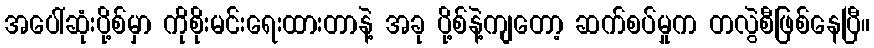
အပေါ်ဆုံးပို့စ်မှာ ကိုစိုးမင်းရေးထားတာနဲ့ အခု ပို့စ်နဲ့ကျတော့ ဆက်စပ်မှုက တလွဲစီဖြစ်နေပြီ။